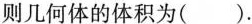
侧视图则几何体的体积为（）.